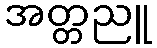
အတ္တညူ